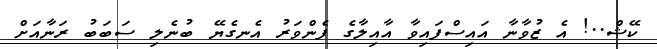
ކޭޝް..! އެ ޒުވާނާ އައިސްފައިވާ އާއިލާގެ ފެންވަރު އެނގެޔޭ ބުނެލި ސަބަބު ރަނާއަށް